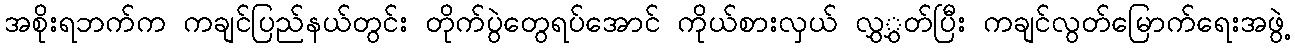
အစိုးရဘက်က ကချင်ပြည်နယ်တွင်း တိုက်ပွဲတွေရပ်အောင် ကိုယ်စားလှယ် လွှွှတ်ပြီး ကချင်လွတ်မြောက်ရေးအဖွဲ့